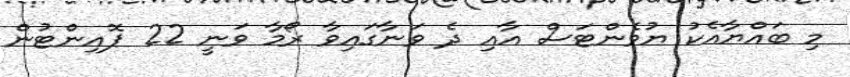
މި ބައްޔާއެކު ޔުވެންޓަސް އާއި ދެ ވަނާގައިވާ ރޯމާ ވަނީ 22 ޕޮއިންޓުން